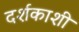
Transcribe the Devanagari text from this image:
दर्शकाशी